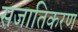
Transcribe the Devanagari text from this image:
सजातिकरण